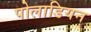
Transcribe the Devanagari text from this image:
पोलाडियन